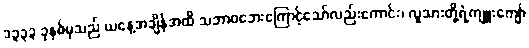
၁၃၃၃ ခုနှစ်မှသည် ယနေ့အချိန်အထိ သဘာဝဘေးကြောင့်သော်လည်းကောင်း၊ လူသားတို့ရဲ့ကျူးကျော်